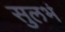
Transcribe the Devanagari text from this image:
सुलभं